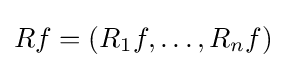
Rf=(R_{1}f,\dots ,R_{n}f)